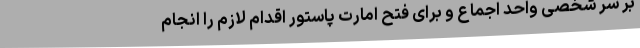
بر سر شخصی واحد اجماع و برای فتح امارت پاستور اقدام لازم را انجام